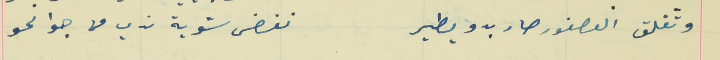
وتفلت العصفور صار بدو يطير                               نفض شوية ندي من جوانحو